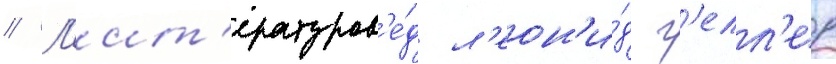
// Л'ит'ературов'е́д л'еон'и́д г'елл'ер